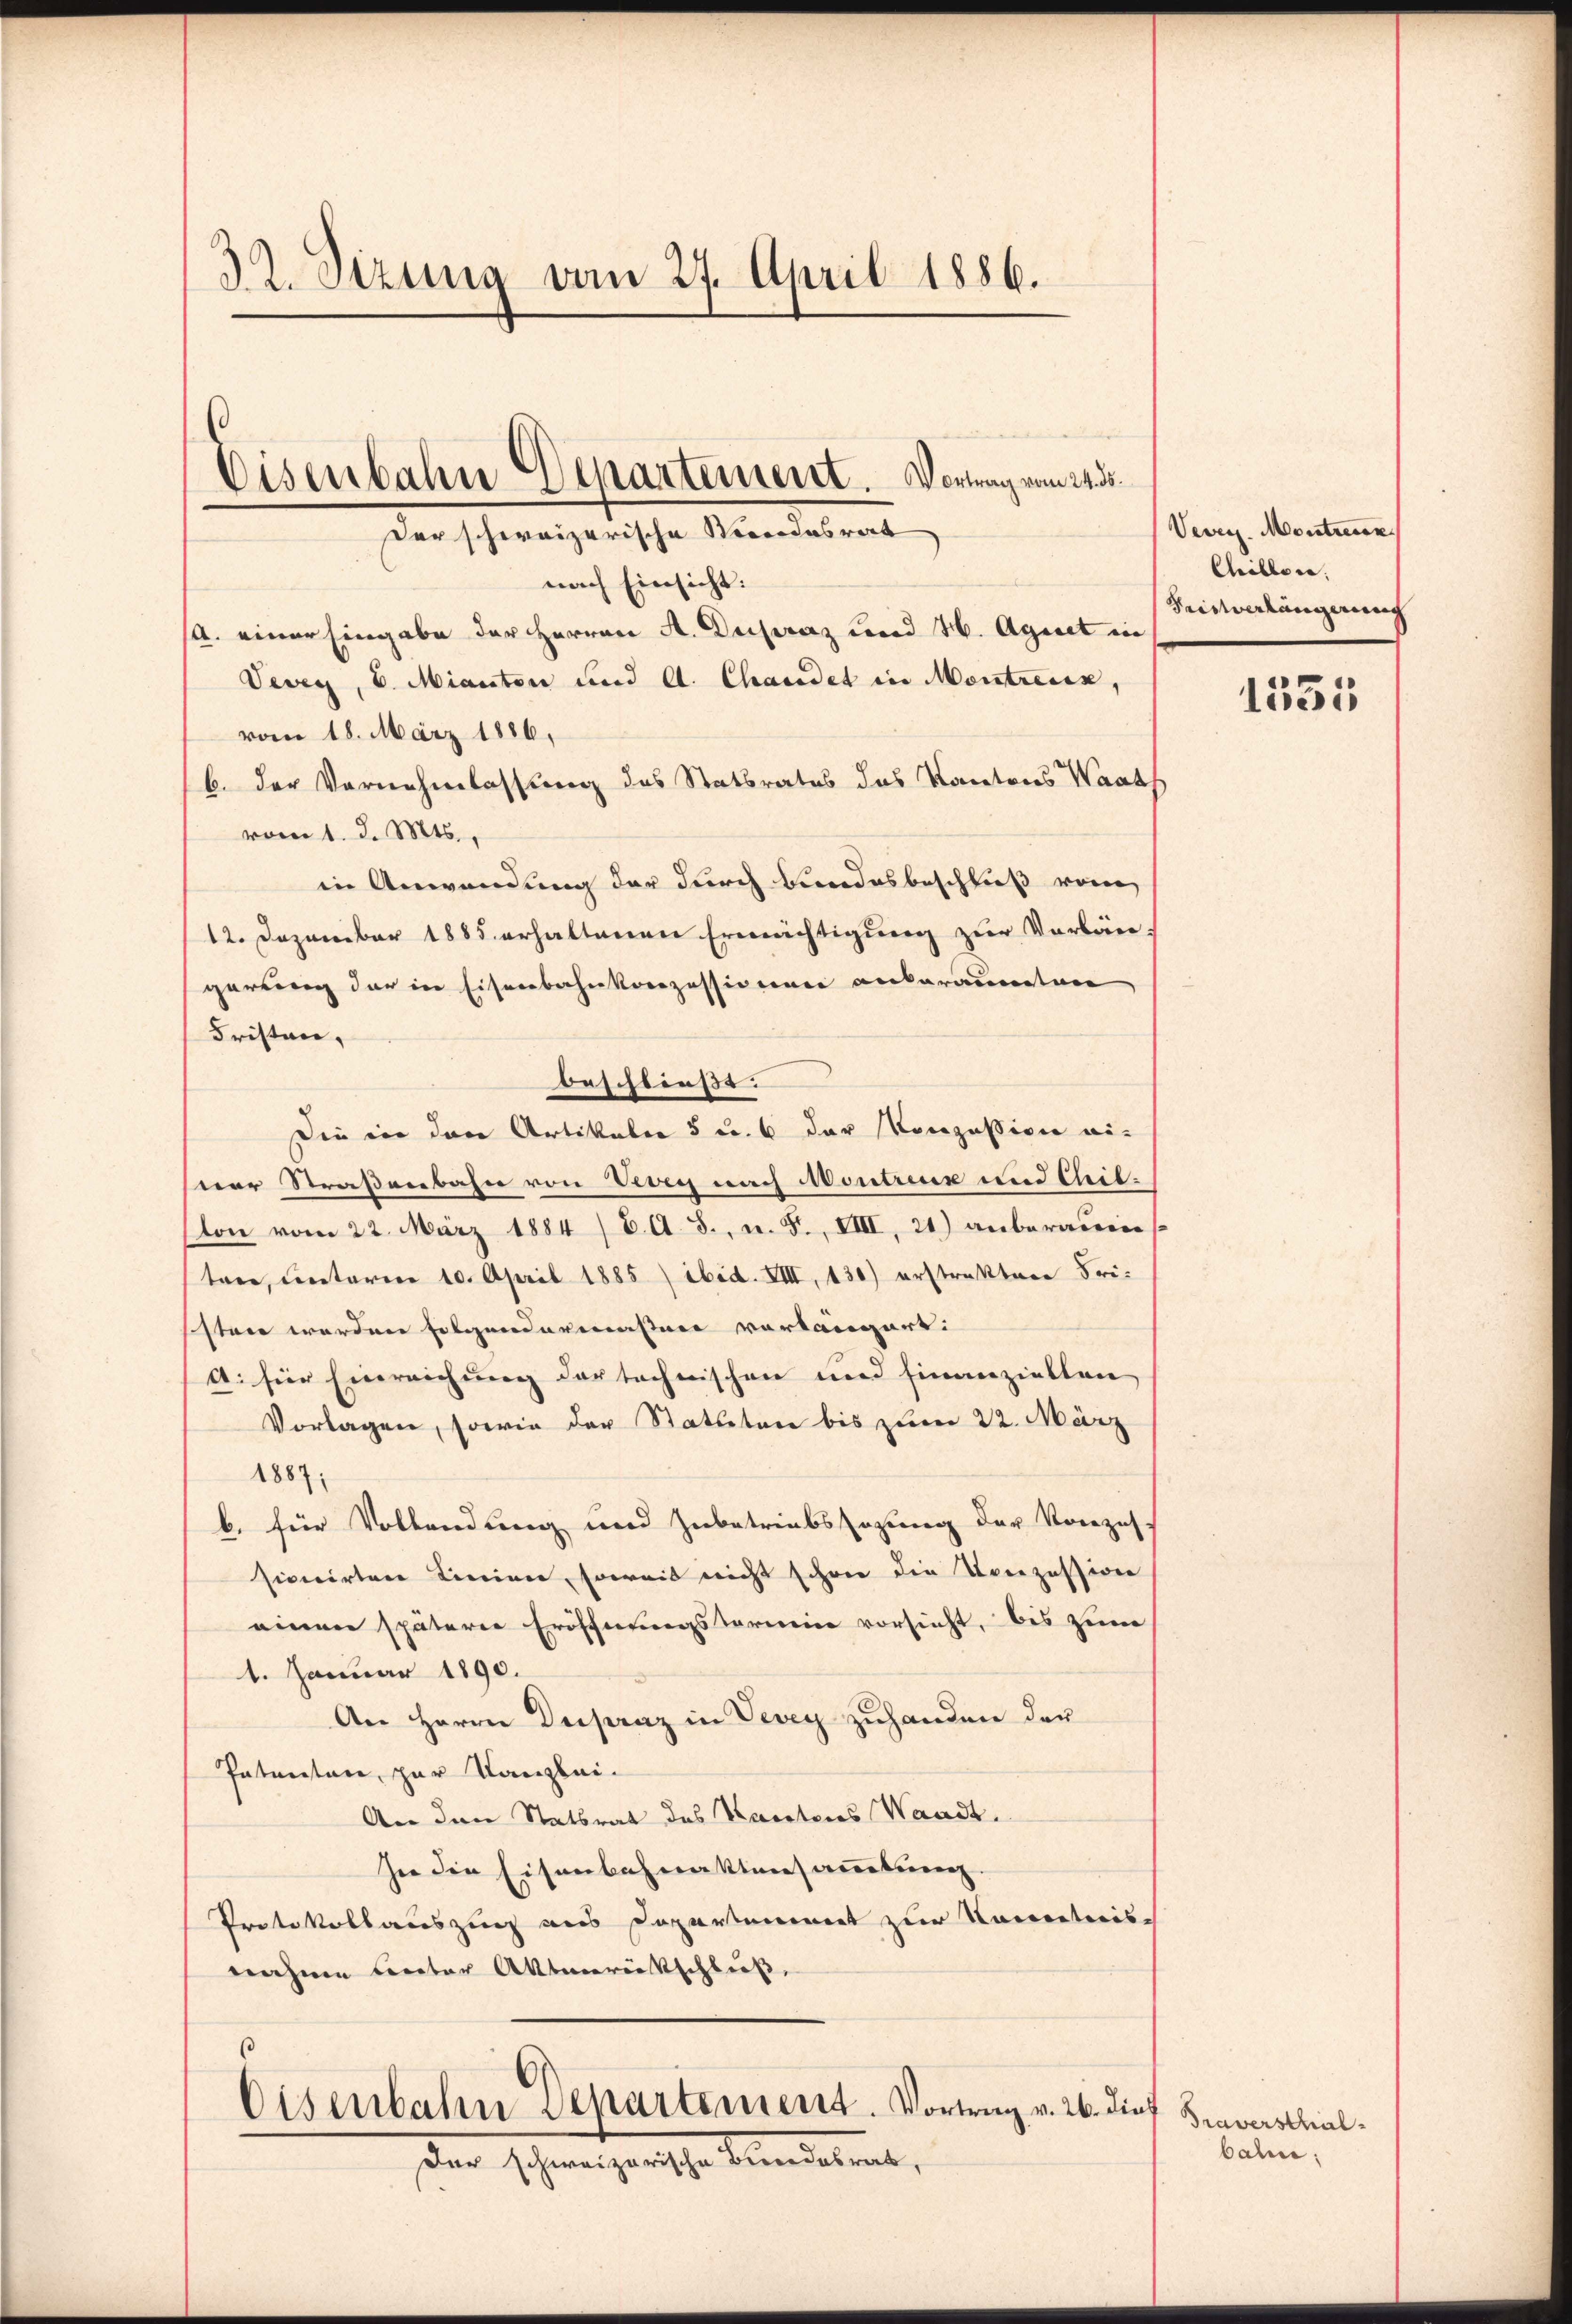
32. Sizung vom 27. April 1886.

Eisenbahn Departement. Vortrag vom 24. ds.
Der schweizerische Mendesrat

nach Einsicht:
a. einer Eingabe der Herren A. Duchsraz und H. Agnet in
Vevey, v. Mianton und A. Chandet in Montreck,
vom 18. März 1886.
b. der Vornehmlassung des Statbrates das Kantons Waad
vom 1. d. Mts.,
in Anwendung der durch Bundesbeschließ vom
12. Dezember 1885 erhaltenen Ermächtigung zur Verbän
garrung der in Eisenbahnkonzessionen ankaraumten
Fristen,
Die in den Artikalen 5 u. 6 der Konzession eisner Straßenbahn von Vevey nach Montreux und Tilton vom 22. März 1884 / B. A. S., n. F. VIII, 21) anberauen
tere, unterm 10. April 1885) ibid. VIII, 130) erstrakter Fristen werden folgendermaßen vorlängert:
a. für Einreichung der technischen und finanziellen
Vorlagen, sowie der Statuten bis zum 22. März
1887:
b. für Vollendung und Inbetriebssazung der Konzes.
sionirten Linien, soweit nicht schon die Konzession
einen spätere Eröffnungstermin vorsicht, bis zum
1. Januar 1890.
An Herrn Dupraz in Vevey zuhanden der
Patenten, zur Kanzlei¬
An den Statbrat des Kantons Waadt.
sie die Eisenbahnaktensammlung.
Protokollauszug aus Departement zur Kacereteris-
nahme Rector Altanrückschluß,
Eisenbahn Departement. Vortrag v. 26. die Braversthal¬
Der schweizerische Berndesrat,

beschließt:

Vevey Montreuen
Chillen.
Keinverlängerung

1335

balm: